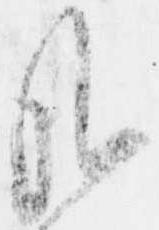
哉